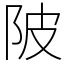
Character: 陂